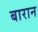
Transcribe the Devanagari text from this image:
बारान